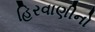
હિરવાણીનો